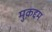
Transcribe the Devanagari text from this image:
मुक़द्दम